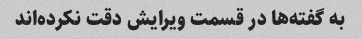
به گفته‌ها در قسمت ویرایش دقت نکرده‌اند